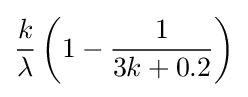
{\frac {k}{\lambda }}\left(1-{\dfrac {1}{3k+0.2}}\right)